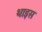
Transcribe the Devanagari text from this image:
थाइस